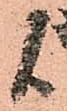
候